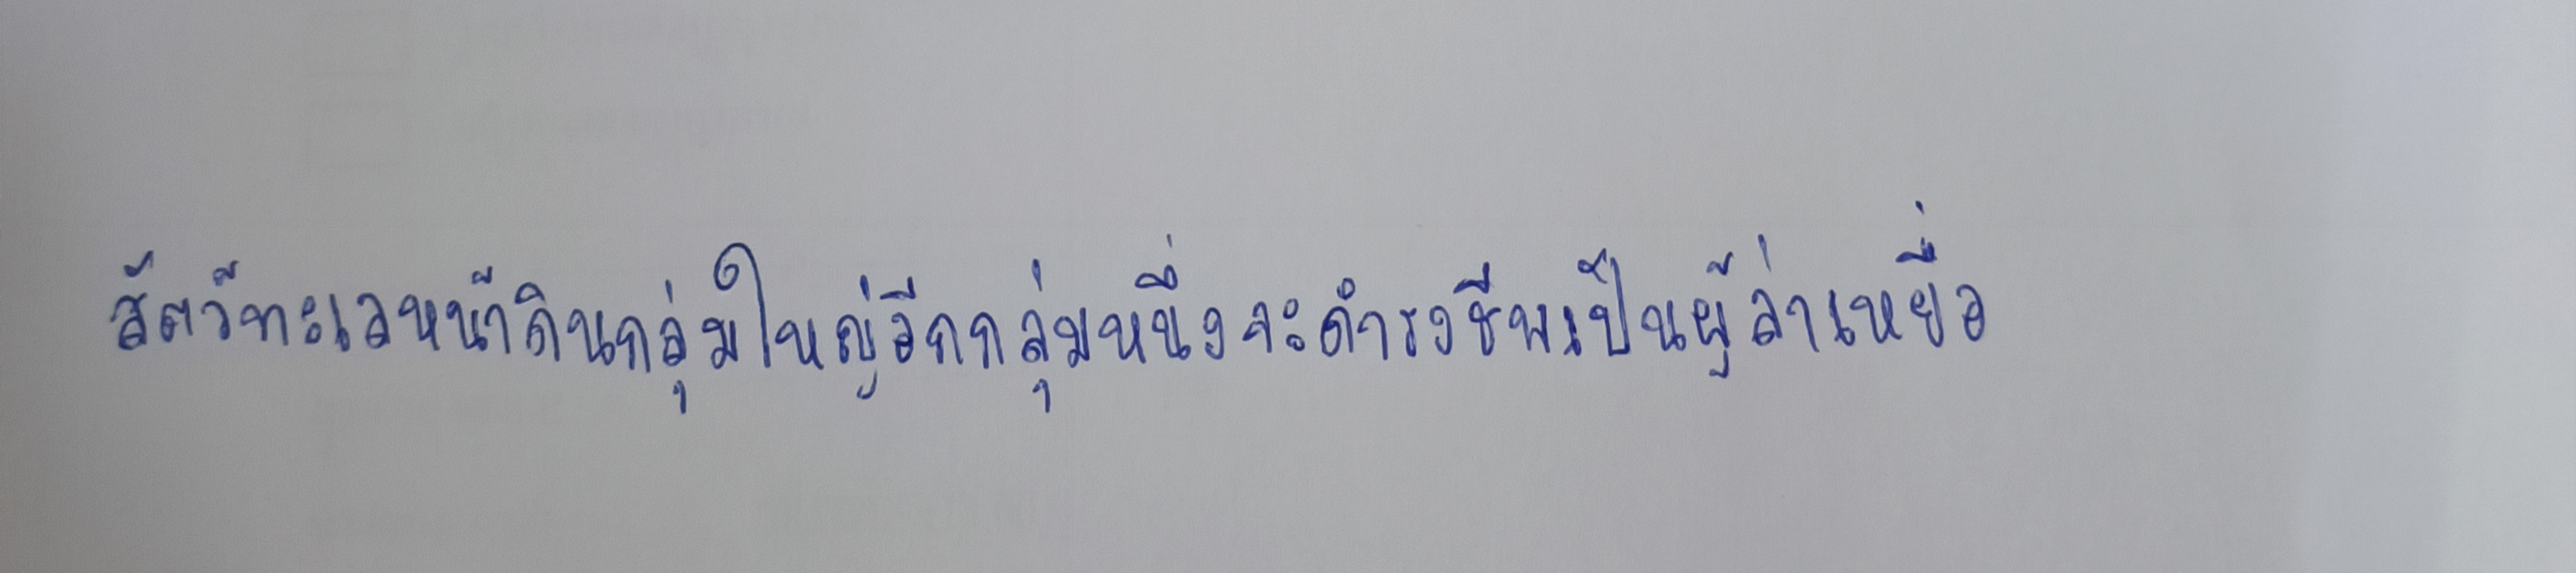
สัตว์ทะเลหน้าดินกลุ่มใหญ่อีกกลุ่มหนึ่งจะดำรงชีพเป็นผู้ล่าเหยื่อ